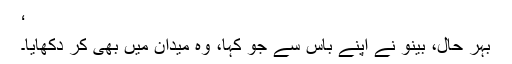
‘
بہر حال، بینو نے اپنے باس سے جو کہا، وہ میدان میں بھی کر دکھایا۔